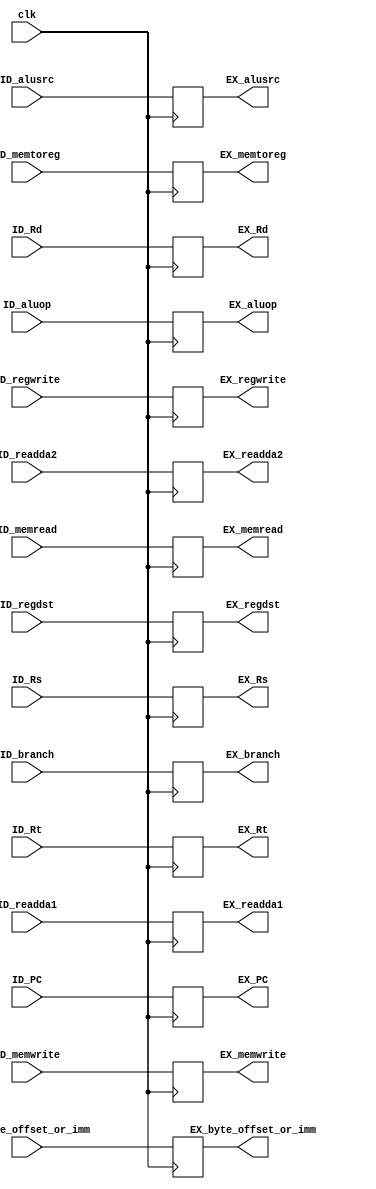
`timescale 1ns / 1ps
//////////////////////////////////////////////////////////////////////////////////
// Company: 
// Engineer: 
// 
// Design Name: 
// Module Name:    ID_EX 
// Project Name: 
// Target Devices: 
// Tool versions: 
// Description: 
//
// Dependencies: 
//
// Revision: 
// Revision 0.01 - File Created
// Additional Comments: 
//
//////////////////////////////////////////////////////////////////////////////////
module ID_EX(clk, EX_regdst, EX_alusrc, EX_memtoreg, EX_regwrite, EX_memread, EX_memwrite, EX_branch, EX_aluop, EX_PC, EX_Rs, EX_Rt, EX_Rd, EX_readda1, EX_readda2, EX_byte_offset_or_imm,
				ID_regdst, ID_alusrc, ID_memtoreg, ID_regwrite, ID_memread, ID_memwrite, ID_branch, ID_aluop, ID_PC, ID_Rs, ID_Rt, ID_Rd, ID_readda1, ID_readda2, ID_byte_offset_or_imm);

input clk;
input ID_regdst, ID_alusrc, ID_memtoreg, ID_regwrite, ID_memread, ID_memwrite, ID_branch;
input [1:0] ID_aluop;
input [31:0] ID_PC;
input [4:0] ID_Rs, ID_Rt, ID_Rd;
input [31:0] ID_readda1, ID_readda2;
input [31:0] ID_byte_offset_or_imm;

output reg EX_regdst, EX_alusrc, EX_memtoreg, EX_regwrite, EX_memread, EX_memwrite, EX_branch;
output reg [1:0] EX_aluop;
output reg [31:0] EX_PC;
output reg [4:0] EX_Rs, EX_Rt, EX_Rd;
output reg [31:0] EX_readda1, EX_readda2;
output reg [31:0] EX_byte_offset_or_imm;

always@(posedge clk)
begin
	{EX_regdst, EX_alusrc, EX_memtoreg, EX_regwrite, EX_memread, EX_memwrite, EX_branch} <= {ID_regdst, ID_alusrc, ID_memtoreg, ID_regwrite, ID_memread, ID_memwrite, ID_branch};
	EX_aluop <= ID_aluop;
	EX_PC <= ID_PC;
	{EX_Rs, EX_Rt, EX_Rd} <= {ID_Rs, ID_Rt, ID_Rd};
	{EX_readda1, EX_readda2} <= {ID_readda1, ID_readda2};
	EX_byte_offset_or_imm <= ID_byte_offset_or_imm;
end

endmodule